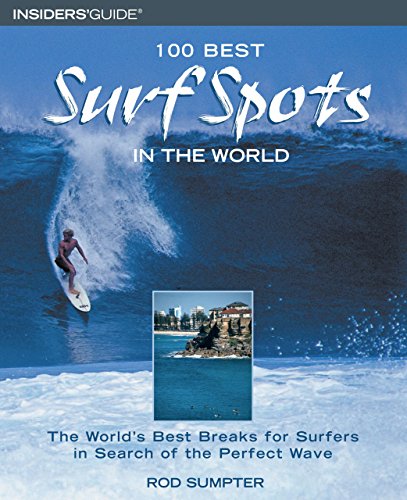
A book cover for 100 Best Surf Spots in the World: The World's Best Breaks For Surfers In Search Of The Perfect Wave (100 Best Series); Rod Sumpter; Travel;